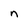
Character: n